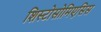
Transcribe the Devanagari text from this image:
शिस्टोसोमिएसिस